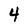
Character: 4